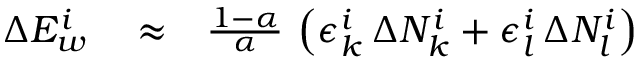
\begin{array} { r l r } { \Delta E _ { w } ^ { i } } & { { } \approx } & { \frac { 1 - \alpha } { \alpha } \, \left( \epsilon _ { k } ^ { i } \, \Delta N _ { k } ^ { i } + \epsilon _ { l } ^ { i } \, \Delta N _ { l } ^ { i } \right) } \end{array}